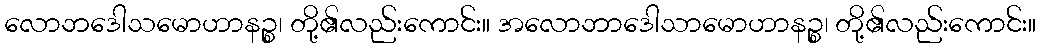
လောဘဒေါသမောဟာနဉ္စ၊ တို့၏လည်းကောင်း။ အလောဘာဒေါသာမောဟာနဉ္စ၊ တို့၏လည်းကောင်း။